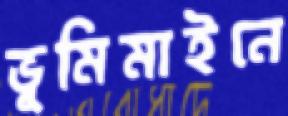
ভূমিমাইনে